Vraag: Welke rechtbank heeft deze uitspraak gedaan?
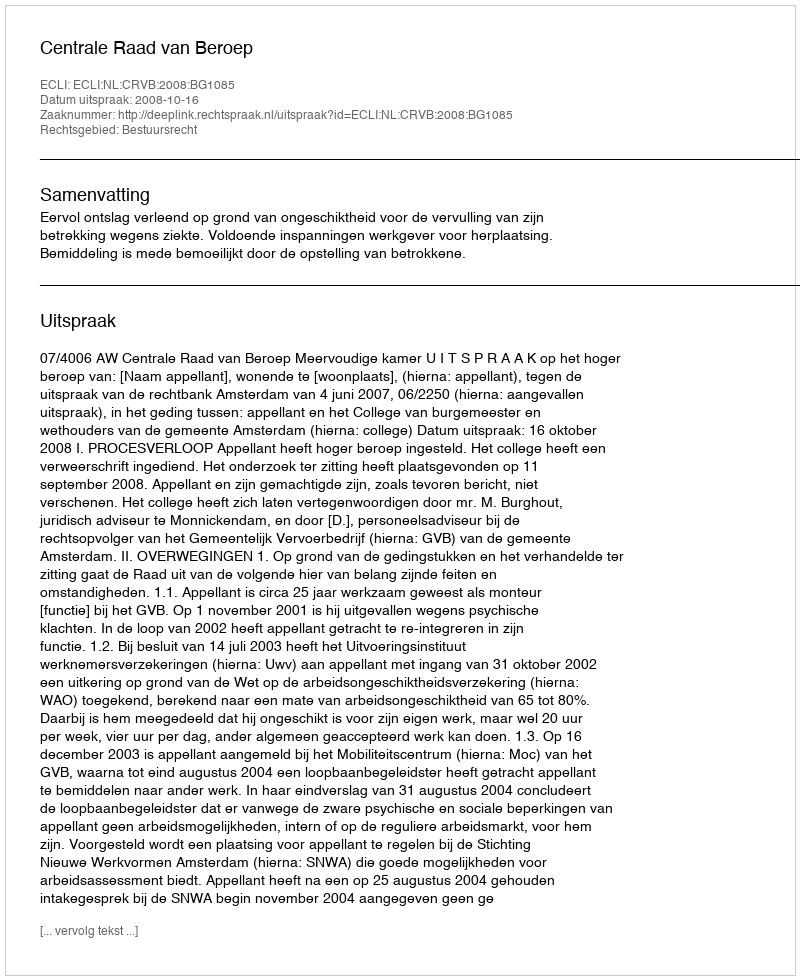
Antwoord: Centrale Raad van Beroep